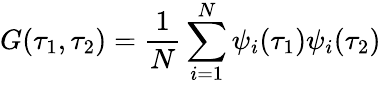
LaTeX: G(\tau_{1},\tau_{2})=\frac{1}{N}\sum_{i=1}^{N}\psi_{i}(\tau_{1})\psi_{i}(\tau_{2})